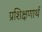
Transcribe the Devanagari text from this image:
प्रशिक्षणार्थ